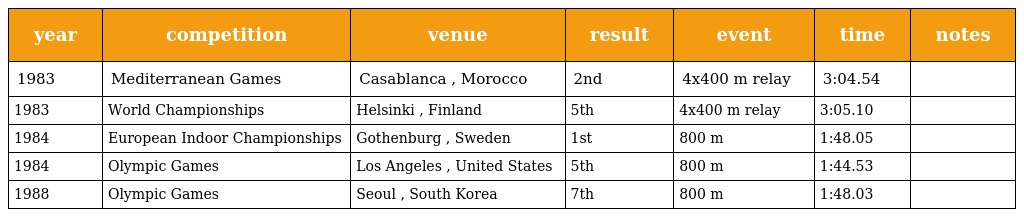
| year | competition | venue | result | event | time | notes |
 | --- | --- | --- | --- | --- | --- | --- |
 | 1983 | Mediterranean Games | Casablanca , Morocco | 2nd | 4x400 m relay | 3:04.54 |  |
 | 1983 | World Championships | Helsinki , Finland | 5th | 4x400 m relay | 3:05.10 |  |
 | 1984 | European Indoor Championships | Gothenburg , Sweden | 1st | 800 m | 1:48.05 |  |
 | 1984 | Olympic Games | Los Angeles , United States | 5th | 800 m | 1:44.53 |  |
 | 1988 | Olympic Games | Seoul , South Korea | 7th | 800 m | 1:48.03 |  |